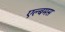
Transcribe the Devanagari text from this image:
एल्बमस